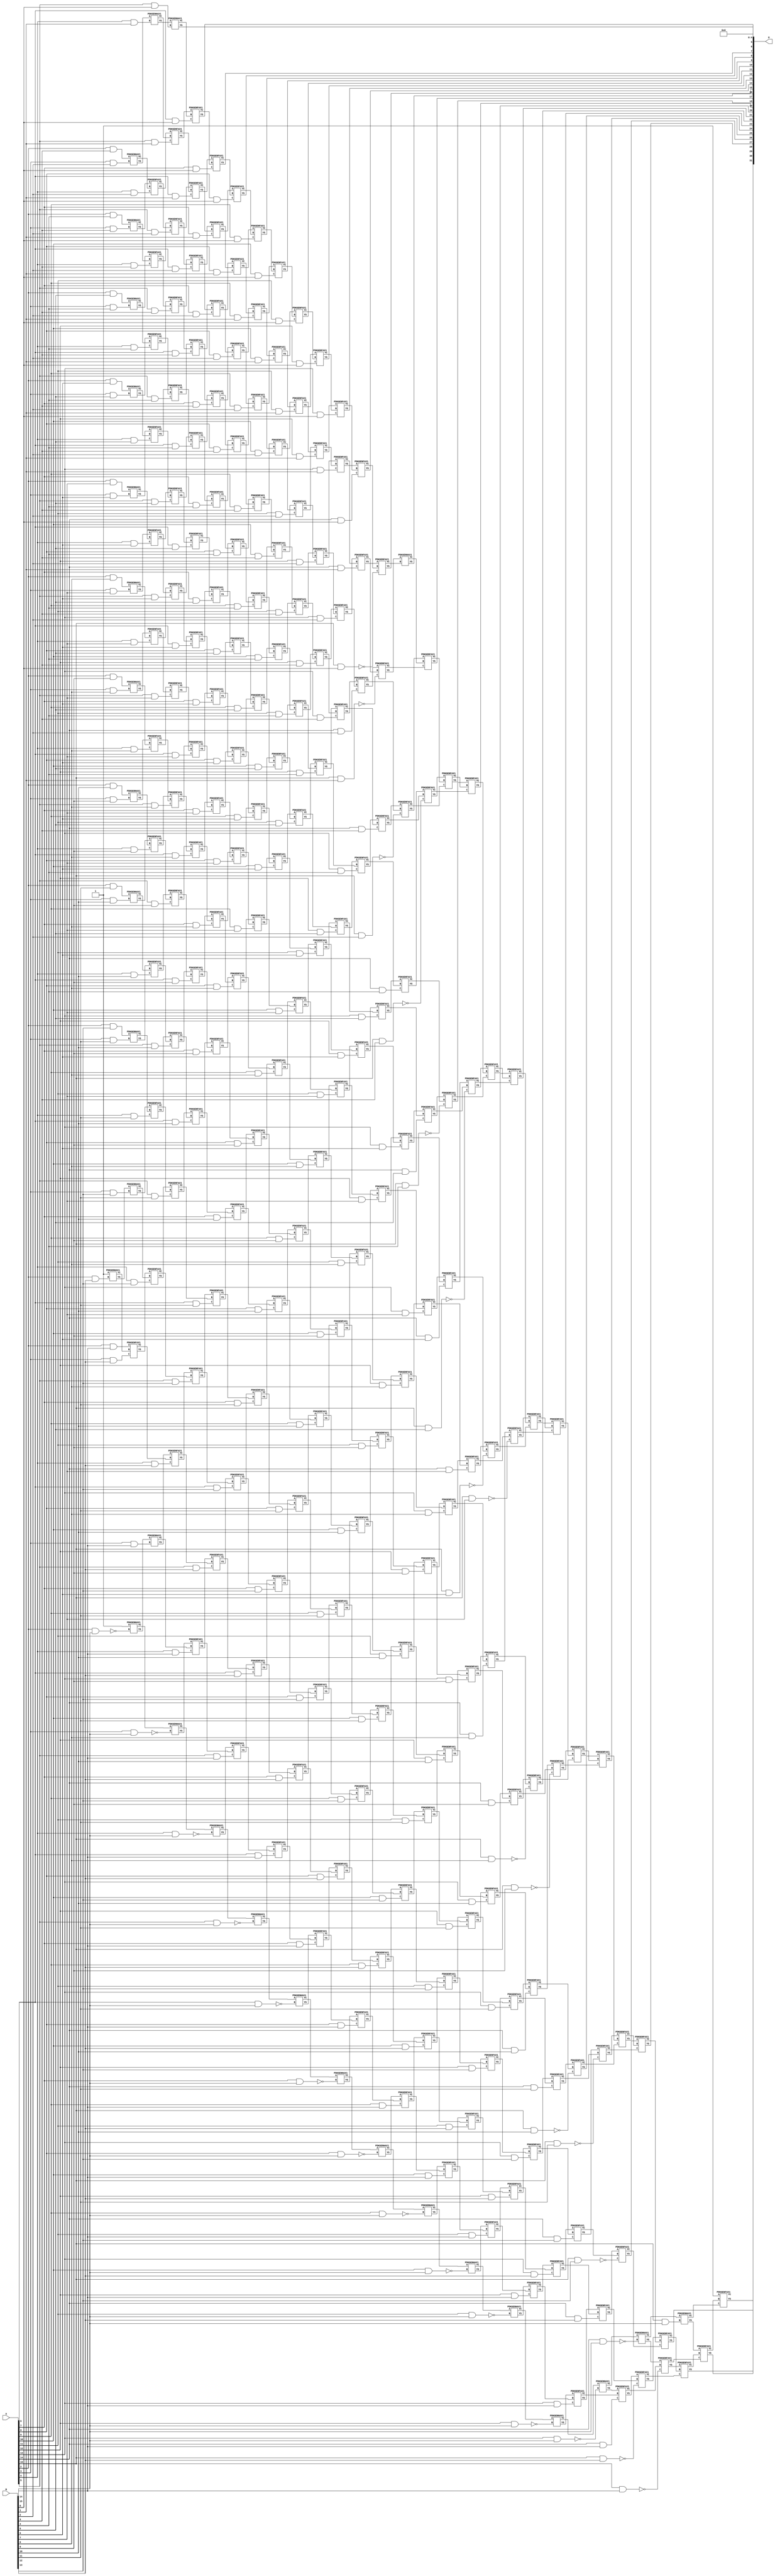
/***
* This code is a part of EvoApproxLib library (ehw.fit.vutbr.cz/approxlib) distributed under The MIT License.
* When used, please cite the following article(s): V. Mrazek, Z. Vasicek, L. Sekanina, H. Jiang and J. Han, "Scalable Construction of Approximate Multipliers With Formally Guaranteed Worst Case Error" in IEEE Transactions on Very Large Scale Integration (VLSI) Systems, vol. 26, no. 11, pp. 2572-2576, Nov. 2018. doi: 10.1109/TVLSI.2018.2856362 
* This file contains a circuit from a sub-set of pareto optimal circuits with respect to the pwr and mre parameters
***/
// MAE% = 0.00057 %
// MAE = 24580 
// WCE% = 0.0023 %
// WCE = 98369 
// WCRE% = 6500.00 %
// EP% = 92.19 %
// MRE% = 0.052 %
// MSE = 12526.994e5 
// PDK45_PWR = 2.124 mW
// PDK45_AREA = 2640.3 um2
// PDK45_DELAY = 2.95 ns


module mul16s_GK2 ( A, B, O );
  input [15:0] A;
  input [15:0] B;
  output [31:0] O;

  wire C_10_0,C_10_1,C_10_10,C_10_11,C_10_12,C_10_13,C_10_14,C_10_15,C_10_2,C_10_3,C_10_4,C_10_5,C_10_6,C_10_7,C_10_8,C_10_9,C_11_0,C_11_1,C_11_10,C_11_11,C_11_12,C_11_13,C_11_14,C_11_15,C_11_2,C_11_3,C_11_4,C_11_5,C_11_6,C_11_7,C_11_8,C_11_9,C_12_0,C_12_1,C_12_10,C_12_11,C_12_12,C_12_13,C_12_14,C_12_15,C_12_2,C_12_3,C_12_4,C_12_5,C_12_6,C_12_7,C_12_8,C_12_9,C_13_0,C_13_1,C_13_10,C_13_11,C_13_12,C_13_13,C_13_14,C_13_15,C_13_2,C_13_3,C_13_4,C_13_5,C_13_6,C_13_7,C_13_8,C_13_9,C_14_0,C_14_1,C_14_10,C_14_11,C_14_12,C_14_13,C_14_14,C_14_15,C_14_2,C_14_3,C_14_4,C_14_5,C_14_6,C_14_7,C_14_8,C_14_9,C_15_0,C_15_1,C_15_10,C_15_11,C_15_12,C_15_13,C_15_14,C_15_15,C_15_2,C_15_3,C_15_4,C_15_5,C_15_6,C_15_7,C_15_8,C_15_9,C_16_0,C_16_1,C_16_10,C_16_11,C_16_12,C_16_13,C_16_14,C_16_15,C_16_2,C_16_3,C_16_4,C_16_5,C_16_6,C_16_7,C_16_8,C_16_9,C_2_13,C_2_15,C_3_10,C_3_11,C_3_12,C_3_13,C_3_14,C_3_15,C_3_2,C_3_3,C_3_4,C_3_5,C_3_6,C_3_7,C_3_8,C_3_9,C_4_1,C_4_10,C_4_11,C_4_12,C_4_13,C_4_14,C_4_15,C_4_2,C_4_3,C_4_4,C_4_5,C_4_6,C_4_7,C_4_8,C_4_9,C_5_0,C_5_1,C_5_10,C_5_11,C_5_12,C_5_13,C_5_14,C_5_15,C_5_2,C_5_3,C_5_4,C_5_5,C_5_6,C_5_7,C_5_8,C_5_9,C_6_0,C_6_1,C_6_10,C_6_11,C_6_12,C_6_13,C_6_14,C_6_15,C_6_2,C_6_3,C_6_4,C_6_5,C_6_6,C_6_7,C_6_8,C_6_9,C_7_0,C_7_1,C_7_10,C_7_11,C_7_12,C_7_13,C_7_14,C_7_15,C_7_2,C_7_3,C_7_4,C_7_5,C_7_6,C_7_7,C_7_8,C_7_9,C_8_0,C_8_1,C_8_10,C_8_11,C_8_12,C_8_13,C_8_14,C_8_15,C_8_2,C_8_3,C_8_4,C_8_5,C_8_6,C_8_7,C_8_8,C_8_9,C_9_0,C_9_1,C_9_10,C_9_11,C_9_12,C_9_13,C_9_14,C_9_15,C_9_2,C_9_3,C_9_4,C_9_5,C_9_6,C_9_7,C_9_8,C_9_9,S_0_15,S_10_0,S_10_1,S_10_10,S_10_11,S_10_12,S_10_13,S_10_14,S_10_15,S_10_2,S_10_3,S_10_4,S_10_5,S_10_6,S_10_7,S_10_8,S_10_9,S_11_0,S_11_1,S_11_10,S_11_11,S_11_12,S_11_13,S_11_14,S_11_15,S_11_2,S_11_3,S_11_4,S_11_5,S_11_6,S_11_7,S_11_8,S_11_9,S_12_0,S_12_1,S_12_10,S_12_11,S_12_12,S_12_13,S_12_14,S_12_15,S_12_2,S_12_3,S_12_4,S_12_5,S_12_6,S_12_7,S_12_8,S_12_9,S_13_0,S_13_1,S_13_10,S_13_11,S_13_12,S_13_13,S_13_14,S_13_15,S_13_2,S_13_3,S_13_4,S_13_5,S_13_6,S_13_7,S_13_8,S_13_9,S_14_0,S_14_1,S_14_10,S_14_11,S_14_12,S_14_13,S_14_14,S_14_15,S_14_2,S_14_3,S_14_4,S_14_5,S_14_6,S_14_7,S_14_8,S_14_9,S_15_0,S_15_1,S_15_10,S_15_11,S_15_12,S_15_13,S_15_14,S_15_15,S_15_2,S_15_3,S_15_4,S_15_5,S_15_6,S_15_7,S_15_8,S_15_9,S_16_0,S_16_1,S_16_10,S_16_11,S_16_12,S_16_13,S_16_14,S_16_15,S_16_2,S_16_3,S_16_4,S_16_5,S_16_6,S_16_7,S_16_8,S_16_9,S_1_14,S_2_10,S_2_11,S_2_12,S_2_13,S_2_14,S_2_15,S_2_3,S_2_4,S_2_5,S_2_6,S_2_7,S_2_8,S_2_9,S_3_10,S_3_11,S_3_12,S_3_13,S_3_14,S_3_15,S_3_2,S_3_3,S_3_4,S_3_5,S_3_6,S_3_7,S_3_8,S_3_9,S_4_1,S_4_10,S_4_11,S_4_12,S_4_13,S_4_14,S_4_15,S_4_2,S_4_3,S_4_4,S_4_5,S_4_6,S_4_7,S_4_8,S_4_9,S_5_0,S_5_1,S_5_10,S_5_11,S_5_12,S_5_13,S_5_14,S_5_15,S_5_2,S_5_3,S_5_4,S_5_5,S_5_6,S_5_7,S_5_8,S_5_9,S_6_0,S_6_1,S_6_10,S_6_11,S_6_12,S_6_13,S_6_14,S_6_15,S_6_2,S_6_3,S_6_4,S_6_5,S_6_6,S_6_7,S_6_8,S_6_9,S_7_0,S_7_1,S_7_10,S_7_11,S_7_12,S_7_13,S_7_14,S_7_15,S_7_2,S_7_3,S_7_4,S_7_5,S_7_6,S_7_7,S_7_8,S_7_9,S_8_0,S_8_1,S_8_10,S_8_11,S_8_12,S_8_13,S_8_14,S_8_15,S_8_2,S_8_3,S_8_4,S_8_5,S_8_6,S_8_7,S_8_8,S_8_9,S_9_0,S_9_1,S_9_10,S_9_11,S_9_12,S_9_13,S_9_14,S_9_15,S_9_2,S_9_3,S_9_4,S_9_5,S_9_6,S_9_7,S_9_8,S_9_9;

  assign S_0_15 = 1'b1;
  assign S_1_14 = 1'b1;
  assign S_2_3 = (A[2] & B[3]);
  assign S_2_4 = (A[2] & B[4]);
  assign S_2_5 = (A[2] & B[5]);
  assign S_2_6 = (A[2] & B[6]);
  assign S_2_7 = (A[2] & B[7]);
  assign S_2_8 = (A[2] & B[8]);
  assign S_2_9 = (A[2] & B[9]);
  assign S_2_10 = (A[2] & B[10]);
  assign S_2_11 = (A[2] & B[11]);
  assign S_2_12 = (A[2] & B[12]);
  PDKGENHAX1 U113630 (.A(S_1_14), .B((A[2] & B[13])), .YS(S_2_13), .YC(C_2_13));
  assign S_2_14 = (A[2] & B[14]);
  PDKGENHAX1 U113632 (.A(1'b1), .B(~(A[2] & B[15])), .YS(S_2_15), .YC(C_2_15));
  PDKGENHAX1 U113635 (.A(S_2_3), .B((A[3] & B[2])), .YS(S_3_2), .YC(C_3_2));
  PDKGENHAX1 U113636 (.A(S_2_4), .B((A[3] & B[3])), .YS(S_3_3), .YC(C_3_3));
  PDKGENHAX1 U113637 (.A(S_2_5), .B((A[3] & B[4])), .YS(S_3_4), .YC(C_3_4));
  PDKGENHAX1 U113638 (.A(S_2_6), .B((A[3] & B[5])), .YS(S_3_5), .YC(C_3_5));
  PDKGENHAX1 U113639 (.A(S_2_7), .B((A[3] & B[6])), .YS(S_3_6), .YC(C_3_6));
  PDKGENHAX1 U113640 (.A(S_2_8), .B((A[3] & B[7])), .YS(S_3_7), .YC(C_3_7));
  PDKGENHAX1 U113641 (.A(S_2_9), .B((A[3] & B[8])), .YS(S_3_8), .YC(C_3_8));
  PDKGENHAX1 U113642 (.A(S_2_10), .B((A[3] & B[9])), .YS(S_3_9), .YC(C_3_9));
  PDKGENHAX1 U113643 (.A(S_2_11), .B((A[3] & B[10])), .YS(S_3_10), .YC(C_3_10));
  PDKGENHAX1 U113644 (.A(S_2_12), .B((A[3] & B[11])), .YS(S_3_11), .YC(C_3_11));
  PDKGENHAX1 U113645 (.A(S_2_13), .B((A[3] & B[12])), .YS(S_3_12), .YC(C_3_12));
  PDKGENFAX1 U113646 (.A(S_2_14), .B(C_2_13), .C((A[3] & B[13])), .YS(S_3_13), .YC(C_3_13));
  PDKGENHAX1 U113647 (.A(S_2_15), .B((A[3] & B[14])), .YS(S_3_14), .YC(C_3_14));
  PDKGENHAX1 U113648 (.A(C_2_15), .B(~(A[3] & B[15])), .YS(S_3_15), .YC(C_3_15));
  PDKGENHAX1 U113650 (.A(S_3_2), .B((A[4] & B[1])), .YS(S_4_1), .YC(C_4_1));
  PDKGENFAX1 U113651 (.A(S_3_3), .B(C_3_2), .C((A[4] & B[2])), .YS(S_4_2), .YC(C_4_2));
  PDKGENFAX1 U113652 (.A(S_3_4), .B(C_3_3), .C((A[4] & B[3])), .YS(S_4_3), .YC(C_4_3));
  PDKGENFAX1 U113653 (.A(S_3_5), .B(C_3_4), .C((A[4] & B[4])), .YS(S_4_4), .YC(C_4_4));
  PDKGENFAX1 U113654 (.A(S_3_6), .B(C_3_5), .C((A[4] & B[5])), .YS(S_4_5), .YC(C_4_5));
  PDKGENFAX1 U113655 (.A(S_3_7), .B(C_3_6), .C((A[4] & B[6])), .YS(S_4_6), .YC(C_4_6));
  PDKGENFAX1 U113656 (.A(S_3_8), .B(C_3_7), .C((A[4] & B[7])), .YS(S_4_7), .YC(C_4_7));
  PDKGENFAX1 U113657 (.A(S_3_9), .B(C_3_8), .C((A[4] & B[8])), .YS(S_4_8), .YC(C_4_8));
  PDKGENFAX1 U113658 (.A(S_3_10), .B(C_3_9), .C((A[4] & B[9])), .YS(S_4_9), .YC(C_4_9));
  PDKGENFAX1 U113659 (.A(S_3_11), .B(C_3_10), .C((A[4] & B[10])), .YS(S_4_10), .YC(C_4_10));
  PDKGENFAX1 U113660 (.A(S_3_12), .B(C_3_11), .C((A[4] & B[11])), .YS(S_4_11), .YC(C_4_11));
  PDKGENFAX1 U113661 (.A(S_3_13), .B(C_3_12), .C((A[4] & B[12])), .YS(S_4_12), .YC(C_4_12));
  PDKGENFAX1 U113662 (.A(S_3_14), .B(C_3_13), .C((A[4] & B[13])), .YS(S_4_13), .YC(C_4_13));
  PDKGENFAX1 U113663 (.A(S_3_15), .B(C_3_14), .C((A[4] & B[14])), .YS(S_4_14), .YC(C_4_14));
  PDKGENHAX1 U113664 (.A(C_3_15), .B(~(A[4] & B[15])), .YS(S_4_15), .YC(C_4_15));
  PDKGENHAX1 U113665 (.A(S_4_1), .B((A[5] & B[0])), .YS(S_5_0), .YC(C_5_0));
  PDKGENFAX1 U113666 (.A(S_4_2), .B(C_4_1), .C((A[5] & B[1])), .YS(S_5_1), .YC(C_5_1));
  PDKGENFAX1 U113667 (.A(S_4_3), .B(C_4_2), .C((A[5] & B[2])), .YS(S_5_2), .YC(C_5_2));
  PDKGENFAX1 U113668 (.A(S_4_4), .B(C_4_3), .C((A[5] & B[3])), .YS(S_5_3), .YC(C_5_3));
  PDKGENFAX1 U113669 (.A(S_4_5), .B(C_4_4), .C((A[5] & B[4])), .YS(S_5_4), .YC(C_5_4));
  PDKGENFAX1 U113670 (.A(S_4_6), .B(C_4_5), .C((A[5] & B[5])), .YS(S_5_5), .YC(C_5_5));
  PDKGENFAX1 U113671 (.A(S_4_7), .B(C_4_6), .C((A[5] & B[6])), .YS(S_5_6), .YC(C_5_6));
  PDKGENFAX1 U113672 (.A(S_4_8), .B(C_4_7), .C((A[5] & B[7])), .YS(S_5_7), .YC(C_5_7));
  PDKGENFAX1 U113673 (.A(S_4_9), .B(C_4_8), .C((A[5] & B[8])), .YS(S_5_8), .YC(C_5_8));
  PDKGENFAX1 U113674 (.A(S_4_10), .B(C_4_9), .C((A[5] & B[9])), .YS(S_5_9), .YC(C_5_9));
  PDKGENFAX1 U113675 (.A(S_4_11), .B(C_4_10), .C((A[5] & B[10])), .YS(S_5_10), .YC(C_5_10));
  PDKGENFAX1 U113676 (.A(S_4_12), .B(C_4_11), .C((A[5] & B[11])), .YS(S_5_11), .YC(C_5_11));
  PDKGENFAX1 U113677 (.A(S_4_13), .B(C_4_12), .C((A[5] & B[12])), .YS(S_5_12), .YC(C_5_12));
  PDKGENFAX1 U113678 (.A(S_4_14), .B(C_4_13), .C((A[5] & B[13])), .YS(S_5_13), .YC(C_5_13));
  PDKGENFAX1 U113679 (.A(S_4_15), .B(C_4_14), .C((A[5] & B[14])), .YS(S_5_14), .YC(C_5_14));
  PDKGENHAX1 U113680 (.A(C_4_15), .B(~(A[5] & B[15])), .YS(S_5_15), .YC(C_5_15));
  PDKGENFAX1 U113681 (.A(S_5_1), .B(C_5_0), .C((A[6] & B[0])), .YS(S_6_0), .YC(C_6_0));
  PDKGENFAX1 U113682 (.A(S_5_2), .B(C_5_1), .C((A[6] & B[1])), .YS(S_6_1), .YC(C_6_1));
  PDKGENFAX1 U113683 (.A(S_5_3), .B(C_5_2), .C((A[6] & B[2])), .YS(S_6_2), .YC(C_6_2));
  PDKGENFAX1 U113684 (.A(S_5_4), .B(C_5_3), .C((A[6] & B[3])), .YS(S_6_3), .YC(C_6_3));
  PDKGENFAX1 U113685 (.A(S_5_5), .B(C_5_4), .C((A[6] & B[4])), .YS(S_6_4), .YC(C_6_4));
  PDKGENFAX1 U113686 (.A(S_5_6), .B(C_5_5), .C((A[6] & B[5])), .YS(S_6_5), .YC(C_6_5));
  PDKGENFAX1 U113687 (.A(S_5_7), .B(C_5_6), .C((A[6] & B[6])), .YS(S_6_6), .YC(C_6_6));
  PDKGENFAX1 U113688 (.A(S_5_8), .B(C_5_7), .C((A[6] & B[7])), .YS(S_6_7), .YC(C_6_7));
  PDKGENFAX1 U113689 (.A(S_5_9), .B(C_5_8), .C((A[6] & B[8])), .YS(S_6_8), .YC(C_6_8));
  PDKGENFAX1 U113690 (.A(S_5_10), .B(C_5_9), .C((A[6] & B[9])), .YS(S_6_9), .YC(C_6_9));
  PDKGENFAX1 U113691 (.A(S_5_11), .B(C_5_10), .C((A[6] & B[10])), .YS(S_6_10), .YC(C_6_10));
  PDKGENFAX1 U113692 (.A(S_5_12), .B(C_5_11), .C((A[6] & B[11])), .YS(S_6_11), .YC(C_6_11));
  PDKGENFAX1 U113693 (.A(S_5_13), .B(C_5_12), .C((A[6] & B[12])), .YS(S_6_12), .YC(C_6_12));
  PDKGENFAX1 U113694 (.A(S_5_14), .B(C_5_13), .C((A[6] & B[13])), .YS(S_6_13), .YC(C_6_13));
  PDKGENFAX1 U113695 (.A(S_5_15), .B(C_5_14), .C((A[6] & B[14])), .YS(S_6_14), .YC(C_6_14));
  PDKGENHAX1 U113696 (.A(C_5_15), .B(~(A[6] & B[15])), .YS(S_6_15), .YC(C_6_15));
  PDKGENFAX1 U113697 (.A(S_6_1), .B(C_6_0), .C((A[7] & B[0])), .YS(S_7_0), .YC(C_7_0));
  PDKGENFAX1 U113698 (.A(S_6_2), .B(C_6_1), .C((A[7] & B[1])), .YS(S_7_1), .YC(C_7_1));
  PDKGENFAX1 U113699 (.A(S_6_3), .B(C_6_2), .C((A[7] & B[2])), .YS(S_7_2), .YC(C_7_2));
  PDKGENFAX1 U113700 (.A(S_6_4), .B(C_6_3), .C((A[7] & B[3])), .YS(S_7_3), .YC(C_7_3));
  PDKGENFAX1 U113701 (.A(S_6_5), .B(C_6_4), .C((A[7] & B[4])), .YS(S_7_4), .YC(C_7_4));
  PDKGENFAX1 U113702 (.A(S_6_6), .B(C_6_5), .C((A[7] & B[5])), .YS(S_7_5), .YC(C_7_5));
  PDKGENFAX1 U113703 (.A(S_6_7), .B(C_6_6), .C((A[7] & B[6])), .YS(S_7_6), .YC(C_7_6));
  PDKGENFAX1 U113704 (.A(S_6_8), .B(C_6_7), .C((A[7] & B[7])), .YS(S_7_7), .YC(C_7_7));
  PDKGENFAX1 U113705 (.A(S_6_9), .B(C_6_8), .C((A[7] & B[8])), .YS(S_7_8), .YC(C_7_8));
  PDKGENFAX1 U113706 (.A(S_6_10), .B(C_6_9), .C((A[7] & B[9])), .YS(S_7_9), .YC(C_7_9));
  PDKGENFAX1 U113707 (.A(S_6_11), .B(C_6_10), .C((A[7] & B[10])), .YS(S_7_10), .YC(C_7_10));
  PDKGENFAX1 U113708 (.A(S_6_12), .B(C_6_11), .C((A[7] & B[11])), .YS(S_7_11), .YC(C_7_11));
  PDKGENFAX1 U113709 (.A(S_6_13), .B(C_6_12), .C((A[7] & B[12])), .YS(S_7_12), .YC(C_7_12));
  PDKGENFAX1 U113710 (.A(S_6_14), .B(C_6_13), .C((A[7] & B[13])), .YS(S_7_13), .YC(C_7_13));
  PDKGENFAX1 U113711 (.A(S_6_15), .B(C_6_14), .C((A[7] & B[14])), .YS(S_7_14), .YC(C_7_14));
  PDKGENHAX1 U113712 (.A(C_6_15), .B(~(A[7] & B[15])), .YS(S_7_15), .YC(C_7_15));
  PDKGENFAX1 U113713 (.A(S_7_1), .B(C_7_0), .C((A[8] & B[0])), .YS(S_8_0), .YC(C_8_0));
  PDKGENFAX1 U113714 (.A(S_7_2), .B(C_7_1), .C((A[8] & B[1])), .YS(S_8_1), .YC(C_8_1));
  PDKGENFAX1 U113715 (.A(S_7_3), .B(C_7_2), .C((A[8] & B[2])), .YS(S_8_2), .YC(C_8_2));
  PDKGENFAX1 U113716 (.A(S_7_4), .B(C_7_3), .C((A[8] & B[3])), .YS(S_8_3), .YC(C_8_3));
  PDKGENFAX1 U113717 (.A(S_7_5), .B(C_7_4), .C((A[8] & B[4])), .YS(S_8_4), .YC(C_8_4));
  PDKGENFAX1 U113718 (.A(S_7_6), .B(C_7_5), .C((A[8] & B[5])), .YS(S_8_5), .YC(C_8_5));
  PDKGENFAX1 U113719 (.A(S_7_7), .B(C_7_6), .C((A[8] & B[6])), .YS(S_8_6), .YC(C_8_6));
  PDKGENFAX1 U113720 (.A(S_7_8), .B(C_7_7), .C((A[8] & B[7])), .YS(S_8_7), .YC(C_8_7));
  PDKGENFAX1 U113721 (.A(S_7_9), .B(C_7_8), .C((A[8] & B[8])), .YS(S_8_8), .YC(C_8_8));
  PDKGENFAX1 U113722 (.A(S_7_10), .B(C_7_9), .C((A[8] & B[9])), .YS(S_8_9), .YC(C_8_9));
  PDKGENFAX1 U113723 (.A(S_7_11), .B(C_7_10), .C((A[8] & B[10])), .YS(S_8_10), .YC(C_8_10));
  PDKGENFAX1 U113724 (.A(S_7_12), .B(C_7_11), .C((A[8] & B[11])), .YS(S_8_11), .YC(C_8_11));
  PDKGENFAX1 U113725 (.A(S_7_13), .B(C_7_12), .C((A[8] & B[12])), .YS(S_8_12), .YC(C_8_12));
  PDKGENFAX1 U113726 (.A(S_7_14), .B(C_7_13), .C((A[8] & B[13])), .YS(S_8_13), .YC(C_8_13));
  PDKGENFAX1 U113727 (.A(S_7_15), .B(C_7_14), .C((A[8] & B[14])), .YS(S_8_14), .YC(C_8_14));
  PDKGENHAX1 U113728 (.A(C_7_15), .B(~(A[8] & B[15])), .YS(S_8_15), .YC(C_8_15));
  PDKGENFAX1 U113729 (.A(S_8_1), .B(C_8_0), .C((A[9] & B[0])), .YS(S_9_0), .YC(C_9_0));
  PDKGENFAX1 U113730 (.A(S_8_2), .B(C_8_1), .C((A[9] & B[1])), .YS(S_9_1), .YC(C_9_1));
  PDKGENFAX1 U113731 (.A(S_8_3), .B(C_8_2), .C((A[9] & B[2])), .YS(S_9_2), .YC(C_9_2));
  PDKGENFAX1 U113732 (.A(S_8_4), .B(C_8_3), .C((A[9] & B[3])), .YS(S_9_3), .YC(C_9_3));
  PDKGENFAX1 U113733 (.A(S_8_5), .B(C_8_4), .C((A[9] & B[4])), .YS(S_9_4), .YC(C_9_4));
  PDKGENFAX1 U113734 (.A(S_8_6), .B(C_8_5), .C((A[9] & B[5])), .YS(S_9_5), .YC(C_9_5));
  PDKGENFAX1 U113735 (.A(S_8_7), .B(C_8_6), .C((A[9] & B[6])), .YS(S_9_6), .YC(C_9_6));
  PDKGENFAX1 U113736 (.A(S_8_8), .B(C_8_7), .C((A[9] & B[7])), .YS(S_9_7), .YC(C_9_7));
  PDKGENFAX1 U113737 (.A(S_8_9), .B(C_8_8), .C((A[9] & B[8])), .YS(S_9_8), .YC(C_9_8));
  PDKGENFAX1 U113738 (.A(S_8_10), .B(C_8_9), .C((A[9] & B[9])), .YS(S_9_9), .YC(C_9_9));
  PDKGENFAX1 U113739 (.A(S_8_11), .B(C_8_10), .C((A[9] & B[10])), .YS(S_9_10), .YC(C_9_10));
  PDKGENFAX1 U113740 (.A(S_8_12), .B(C_8_11), .C((A[9] & B[11])), .YS(S_9_11), .YC(C_9_11));
  PDKGENFAX1 U113741 (.A(S_8_13), .B(C_8_12), .C((A[9] & B[12])), .YS(S_9_12), .YC(C_9_12));
  PDKGENFAX1 U113742 (.A(S_8_14), .B(C_8_13), .C((A[9] & B[13])), .YS(S_9_13), .YC(C_9_13));
  PDKGENFAX1 U113743 (.A(S_8_15), .B(C_8_14), .C((A[9] & B[14])), .YS(S_9_14), .YC(C_9_14));
  PDKGENHAX1 U113744 (.A(C_8_15), .B(~(A[9] & B[15])), .YS(S_9_15), .YC(C_9_15));
  PDKGENFAX1 U113745 (.A(S_9_1), .B(C_9_0), .C((A[10] & B[0])), .YS(S_10_0), .YC(C_10_0));
  PDKGENFAX1 U113746 (.A(S_9_2), .B(C_9_1), .C((A[10] & B[1])), .YS(S_10_1), .YC(C_10_1));
  PDKGENFAX1 U113747 (.A(S_9_3), .B(C_9_2), .C((A[10] & B[2])), .YS(S_10_2), .YC(C_10_2));
  PDKGENFAX1 U113748 (.A(S_9_4), .B(C_9_3), .C((A[10] & B[3])), .YS(S_10_3), .YC(C_10_3));
  PDKGENFAX1 U113749 (.A(S_9_5), .B(C_9_4), .C((A[10] & B[4])), .YS(S_10_4), .YC(C_10_4));
  PDKGENFAX1 U113750 (.A(S_9_6), .B(C_9_5), .C((A[10] & B[5])), .YS(S_10_5), .YC(C_10_5));
  PDKGENFAX1 U113751 (.A(S_9_7), .B(C_9_6), .C((A[10] & B[6])), .YS(S_10_6), .YC(C_10_6));
  PDKGENFAX1 U113752 (.A(S_9_8), .B(C_9_7), .C((A[10] & B[7])), .YS(S_10_7), .YC(C_10_7));
  PDKGENFAX1 U113753 (.A(S_9_9), .B(C_9_8), .C((A[10] & B[8])), .YS(S_10_8), .YC(C_10_8));
  PDKGENFAX1 U113754 (.A(S_9_10), .B(C_9_9), .C((A[10] & B[9])), .YS(S_10_9), .YC(C_10_9));
  PDKGENFAX1 U113755 (.A(S_9_11), .B(C_9_10), .C((A[10] & B[10])), .YS(S_10_10), .YC(C_10_10));
  PDKGENFAX1 U113756 (.A(S_9_12), .B(C_9_11), .C((A[10] & B[11])), .YS(S_10_11), .YC(C_10_11));
  PDKGENFAX1 U113757 (.A(S_9_13), .B(C_9_12), .C((A[10] & B[12])), .YS(S_10_12), .YC(C_10_12));
  PDKGENFAX1 U113758 (.A(S_9_14), .B(C_9_13), .C((A[10] & B[13])), .YS(S_10_13), .YC(C_10_13));
  PDKGENFAX1 U113759 (.A(S_9_15), .B(C_9_14), .C((A[10] & B[14])), .YS(S_10_14), .YC(C_10_14));
  PDKGENHAX1 U113760 (.A(C_9_15), .B(~(A[10] & B[15])), .YS(S_10_15), .YC(C_10_15));
  PDKGENFAX1 U113761 (.A(S_10_1), .B(C_10_0), .C((A[11] & B[0])), .YS(S_11_0), .YC(C_11_0));
  PDKGENFAX1 U113762 (.A(S_10_2), .B(C_10_1), .C((A[11] & B[1])), .YS(S_11_1), .YC(C_11_1));
  PDKGENFAX1 U113763 (.A(S_10_3), .B(C_10_2), .C((A[11] & B[2])), .YS(S_11_2), .YC(C_11_2));
  PDKGENFAX1 U113764 (.A(S_10_4), .B(C_10_3), .C((A[11] & B[3])), .YS(S_11_3), .YC(C_11_3));
  PDKGENFAX1 U113765 (.A(S_10_5), .B(C_10_4), .C((A[11] & B[4])), .YS(S_11_4), .YC(C_11_4));
  PDKGENFAX1 U113766 (.A(S_10_6), .B(C_10_5), .C((A[11] & B[5])), .YS(S_11_5), .YC(C_11_5));
  PDKGENFAX1 U113767 (.A(S_10_7), .B(C_10_6), .C((A[11] & B[6])), .YS(S_11_6), .YC(C_11_6));
  PDKGENFAX1 U113768 (.A(S_10_8), .B(C_10_7), .C((A[11] & B[7])), .YS(S_11_7), .YC(C_11_7));
  PDKGENFAX1 U113769 (.A(S_10_9), .B(C_10_8), .C((A[11] & B[8])), .YS(S_11_8), .YC(C_11_8));
  PDKGENFAX1 U113770 (.A(S_10_10), .B(C_10_9), .C((A[11] & B[9])), .YS(S_11_9), .YC(C_11_9));
  PDKGENFAX1 U113771 (.A(S_10_11), .B(C_10_10), .C((A[11] & B[10])), .YS(S_11_10), .YC(C_11_10));
  PDKGENFAX1 U113772 (.A(S_10_12), .B(C_10_11), .C((A[11] & B[11])), .YS(S_11_11), .YC(C_11_11));
  PDKGENFAX1 U113773 (.A(S_10_13), .B(C_10_12), .C((A[11] & B[12])), .YS(S_11_12), .YC(C_11_12));
  PDKGENFAX1 U113774 (.A(S_10_14), .B(C_10_13), .C((A[11] & B[13])), .YS(S_11_13), .YC(C_11_13));
  PDKGENFAX1 U113775 (.A(S_10_15), .B(C_10_14), .C((A[11] & B[14])), .YS(S_11_14), .YC(C_11_14));
  PDKGENHAX1 U113776 (.A(C_10_15), .B(~(A[11] & B[15])), .YS(S_11_15), .YC(C_11_15));
  PDKGENFAX1 U113777 (.A(S_11_1), .B(C_11_0), .C((A[12] & B[0])), .YS(S_12_0), .YC(C_12_0));
  PDKGENFAX1 U113778 (.A(S_11_2), .B(C_11_1), .C((A[12] & B[1])), .YS(S_12_1), .YC(C_12_1));
  PDKGENFAX1 U113779 (.A(S_11_3), .B(C_11_2), .C((A[12] & B[2])), .YS(S_12_2), .YC(C_12_2));
  PDKGENFAX1 U113780 (.A(S_11_4), .B(C_11_3), .C((A[12] & B[3])), .YS(S_12_3), .YC(C_12_3));
  PDKGENFAX1 U113781 (.A(S_11_5), .B(C_11_4), .C((A[12] & B[4])), .YS(S_12_4), .YC(C_12_4));
  PDKGENFAX1 U113782 (.A(S_11_6), .B(C_11_5), .C((A[12] & B[5])), .YS(S_12_5), .YC(C_12_5));
  PDKGENFAX1 U113783 (.A(S_11_7), .B(C_11_6), .C((A[12] & B[6])), .YS(S_12_6), .YC(C_12_6));
  PDKGENFAX1 U113784 (.A(S_11_8), .B(C_11_7), .C((A[12] & B[7])), .YS(S_12_7), .YC(C_12_7));
  PDKGENFAX1 U113785 (.A(S_11_9), .B(C_11_8), .C((A[12] & B[8])), .YS(S_12_8), .YC(C_12_8));
  PDKGENFAX1 U113786 (.A(S_11_10), .B(C_11_9), .C((A[12] & B[9])), .YS(S_12_9), .YC(C_12_9));
  PDKGENFAX1 U113787 (.A(S_11_11), .B(C_11_10), .C((A[12] & B[10])), .YS(S_12_10), .YC(C_12_10));
  PDKGENFAX1 U113788 (.A(S_11_12), .B(C_11_11), .C((A[12] & B[11])), .YS(S_12_11), .YC(C_12_11));
  PDKGENFAX1 U113789 (.A(S_11_13), .B(C_11_12), .C((A[12] & B[12])), .YS(S_12_12), .YC(C_12_12));
  PDKGENFAX1 U113790 (.A(S_11_14), .B(C_11_13), .C((A[12] & B[13])), .YS(S_12_13), .YC(C_12_13));
  PDKGENFAX1 U113791 (.A(S_11_15), .B(C_11_14), .C((A[12] & B[14])), .YS(S_12_14), .YC(C_12_14));
  PDKGENHAX1 U113792 (.A(C_11_15), .B(~(A[12] & B[15])), .YS(S_12_15), .YC(C_12_15));
  PDKGENFAX1 U113793 (.A(S_12_1), .B(C_12_0), .C((A[13] & B[0])), .YS(S_13_0), .YC(C_13_0));
  PDKGENFAX1 U113794 (.A(S_12_2), .B(C_12_1), .C((A[13] & B[1])), .YS(S_13_1), .YC(C_13_1));
  PDKGENFAX1 U113795 (.A(S_12_3), .B(C_12_2), .C((A[13] & B[2])), .YS(S_13_2), .YC(C_13_2));
  PDKGENFAX1 U113796 (.A(S_12_4), .B(C_12_3), .C((A[13] & B[3])), .YS(S_13_3), .YC(C_13_3));
  PDKGENFAX1 U113797 (.A(S_12_5), .B(C_12_4), .C((A[13] & B[4])), .YS(S_13_4), .YC(C_13_4));
  PDKGENFAX1 U113798 (.A(S_12_6), .B(C_12_5), .C((A[13] & B[5])), .YS(S_13_5), .YC(C_13_5));
  PDKGENFAX1 U113799 (.A(S_12_7), .B(C_12_6), .C((A[13] & B[6])), .YS(S_13_6), .YC(C_13_6));
  PDKGENFAX1 U113800 (.A(S_12_8), .B(C_12_7), .C((A[13] & B[7])), .YS(S_13_7), .YC(C_13_7));
  PDKGENFAX1 U113801 (.A(S_12_9), .B(C_12_8), .C((A[13] & B[8])), .YS(S_13_8), .YC(C_13_8));
  PDKGENFAX1 U113802 (.A(S_12_10), .B(C_12_9), .C((A[13] & B[9])), .YS(S_13_9), .YC(C_13_9));
  PDKGENFAX1 U113803 (.A(S_12_11), .B(C_12_10), .C((A[13] & B[10])), .YS(S_13_10), .YC(C_13_10));
  PDKGENFAX1 U113804 (.A(S_12_12), .B(C_12_11), .C((A[13] & B[11])), .YS(S_13_11), .YC(C_13_11));
  PDKGENFAX1 U113805 (.A(S_12_13), .B(C_12_12), .C((A[13] & B[12])), .YS(S_13_12), .YC(C_13_12));
  PDKGENFAX1 U113806 (.A(S_12_14), .B(C_12_13), .C((A[13] & B[13])), .YS(S_13_13), .YC(C_13_13));
  PDKGENFAX1 U113807 (.A(S_12_15), .B(C_12_14), .C((A[13] & B[14])), .YS(S_13_14), .YC(C_13_14));
  PDKGENHAX1 U113808 (.A(C_12_15), .B(~(A[13] & B[15])), .YS(S_13_15), .YC(C_13_15));
  PDKGENFAX1 U113809 (.A(S_13_1), .B(C_13_0), .C((A[14] & B[0])), .YS(S_14_0), .YC(C_14_0));
  PDKGENFAX1 U113810 (.A(S_13_2), .B(C_13_1), .C((A[14] & B[1])), .YS(S_14_1), .YC(C_14_1));
  PDKGENFAX1 U113811 (.A(S_13_3), .B(C_13_2), .C((A[14] & B[2])), .YS(S_14_2), .YC(C_14_2));
  PDKGENFAX1 U113812 (.A(S_13_4), .B(C_13_3), .C((A[14] & B[3])), .YS(S_14_3), .YC(C_14_3));
  PDKGENFAX1 U113813 (.A(S_13_5), .B(C_13_4), .C((A[14] & B[4])), .YS(S_14_4), .YC(C_14_4));
  PDKGENFAX1 U113814 (.A(S_13_6), .B(C_13_5), .C((A[14] & B[5])), .YS(S_14_5), .YC(C_14_5));
  PDKGENFAX1 U113815 (.A(S_13_7), .B(C_13_6), .C((A[14] & B[6])), .YS(S_14_6), .YC(C_14_6));
  PDKGENFAX1 U113816 (.A(S_13_8), .B(C_13_7), .C((A[14] & B[7])), .YS(S_14_7), .YC(C_14_7));
  PDKGENFAX1 U113817 (.A(S_13_9), .B(C_13_8), .C((A[14] & B[8])), .YS(S_14_8), .YC(C_14_8));
  PDKGENFAX1 U113818 (.A(S_13_10), .B(C_13_9), .C((A[14] & B[9])), .YS(S_14_9), .YC(C_14_9));
  PDKGENFAX1 U113819 (.A(S_13_11), .B(C_13_10), .C((A[14] & B[10])), .YS(S_14_10), .YC(C_14_10));
  PDKGENFAX1 U113820 (.A(S_13_12), .B(C_13_11), .C((A[14] & B[11])), .YS(S_14_11), .YC(C_14_11));
  PDKGENFAX1 U113821 (.A(S_13_13), .B(C_13_12), .C((A[14] & B[12])), .YS(S_14_12), .YC(C_14_12));
  PDKGENFAX1 U113822 (.A(S_13_14), .B(C_13_13), .C((A[14] & B[13])), .YS(S_14_13), .YC(C_14_13));
  PDKGENFAX1 U113823 (.A(S_13_15), .B(C_13_14), .C((A[14] & B[14])), .YS(S_14_14), .YC(C_14_14));
  PDKGENHAX1 U113824 (.A(C_13_15), .B(~(A[14] & B[15])), .YS(S_14_15), .YC(C_14_15));
  PDKGENFAX1 U113825 (.A(S_14_1), .B(C_14_0), .C(~(A[15] & B[0])), .YS(S_15_0), .YC(C_15_0));
  PDKGENFAX1 U113826 (.A(S_14_2), .B(C_14_1), .C(~(A[15] & B[1])), .YS(S_15_1), .YC(C_15_1));
  PDKGENFAX1 U113827 (.A(S_14_3), .B(C_14_2), .C(~(A[15] & B[2])), .YS(S_15_2), .YC(C_15_2));
  PDKGENFAX1 U113828 (.A(S_14_4), .B(C_14_3), .C(~(A[15] & B[3])), .YS(S_15_3), .YC(C_15_3));
  PDKGENFAX1 U113829 (.A(S_14_5), .B(C_14_4), .C(~(A[15] & B[4])), .YS(S_15_4), .YC(C_15_4));
  PDKGENFAX1 U113830 (.A(S_14_6), .B(C_14_5), .C(~(A[15] & B[5])), .YS(S_15_5), .YC(C_15_5));
  PDKGENFAX1 U113831 (.A(S_14_7), .B(C_14_6), .C(~(A[15] & B[6])), .YS(S_15_6), .YC(C_15_6));
  PDKGENFAX1 U113832 (.A(S_14_8), .B(C_14_7), .C(~(A[15] & B[7])), .YS(S_15_7), .YC(C_15_7));
  PDKGENFAX1 U113833 (.A(S_14_9), .B(C_14_8), .C(~(A[15] & B[8])), .YS(S_15_8), .YC(C_15_8));
  PDKGENFAX1 U113834 (.A(S_14_10), .B(C_14_9), .C(~(A[15] & B[9])), .YS(S_15_9), .YC(C_15_9));
  PDKGENFAX1 U113835 (.A(S_14_11), .B(C_14_10), .C(~(A[15] & B[10])), .YS(S_15_10), .YC(C_15_10));
  PDKGENFAX1 U113836 (.A(S_14_12), .B(C_14_11), .C(~(A[15] & B[11])), .YS(S_15_11), .YC(C_15_11));
  PDKGENFAX1 U113837 (.A(S_14_13), .B(C_14_12), .C(~(A[15] & B[12])), .YS(S_15_12), .YC(C_15_12));
  PDKGENFAX1 U113838 (.A(S_14_14), .B(C_14_13), .C(~(A[15] & B[13])), .YS(S_15_13), .YC(C_15_13));
  PDKGENFAX1 U113839 (.A(S_14_15), .B(C_14_14), .C(~(A[15] & B[14])), .YS(S_15_14), .YC(C_15_14));
  PDKGENHAX1 U113840 (.A(C_14_15), .B((A[15] & B[15])), .YS(S_15_15), .YC(C_15_15));
  PDKGENHAX1 U113841 (.A(S_15_1), .B(C_15_0), .YS(S_16_0), .YC(C_16_0));
  PDKGENFAX1 U113842 (.A(S_15_2), .B(C_16_0), .C(C_15_1), .YS(S_16_1), .YC(C_16_1));
  PDKGENFAX1 U113843 (.A(S_15_3), .B(C_16_1), .C(C_15_2), .YS(S_16_2), .YC(C_16_2));
  PDKGENFAX1 U113844 (.A(S_15_4), .B(C_16_2), .C(C_15_3), .YS(S_16_3), .YC(C_16_3));
  PDKGENFAX1 U113845 (.A(S_15_5), .B(C_16_3), .C(C_15_4), .YS(S_16_4), .YC(C_16_4));
  PDKGENFAX1 U113846 (.A(S_15_6), .B(C_16_4), .C(C_15_5), .YS(S_16_5), .YC(C_16_5));
  PDKGENFAX1 U113847 (.A(S_15_7), .B(C_16_5), .C(C_15_6), .YS(S_16_6), .YC(C_16_6));
  PDKGENFAX1 U113848 (.A(S_15_8), .B(C_16_6), .C(C_15_7), .YS(S_16_7), .YC(C_16_7));
  PDKGENFAX1 U113849 (.A(S_15_9), .B(C_16_7), .C(C_15_8), .YS(S_16_8), .YC(C_16_8));
  PDKGENFAX1 U113850 (.A(S_15_10), .B(C_16_8), .C(C_15_9), .YS(S_16_9), .YC(C_16_9));
  PDKGENFAX1 U113851 (.A(S_15_11), .B(C_16_9), .C(C_15_10), .YS(S_16_10), .YC(C_16_10));
  PDKGENFAX1 U113852 (.A(S_15_12), .B(C_16_10), .C(C_15_11), .YS(S_16_11), .YC(C_16_11));
  PDKGENFAX1 U113853 (.A(S_15_13), .B(C_16_11), .C(C_15_12), .YS(S_16_12), .YC(C_16_12));
  PDKGENFAX1 U113854 (.A(S_15_14), .B(C_16_12), .C(C_15_13), .YS(S_16_13), .YC(C_16_13));
  PDKGENFAX1 U113855 (.A(S_15_15), .B(C_16_13), .C(C_15_14), .YS(S_16_14), .YC(C_16_14));
  PDKGENFAX1 U113856 (.A(1'b1), .B(C_16_14), .C(C_15_15), .YS(S_16_15), .YC(C_16_15));
  assign O = {S_16_15,S_16_14,S_16_13,S_16_12,S_16_11,S_16_10,S_16_9,S_16_8,S_16_7,S_16_6,S_16_5,S_16_4,S_16_3,S_16_2,S_16_1,S_16_0,S_15_0,S_14_0,S_13_0,S_12_0,S_11_0,S_10_0,S_9_0,S_8_0,S_7_0,S_6_0,S_5_0,1'b0,1'b0,1'b0,1'b0,1'b0};

endmodule

/* mod */
module PDKGENHAX1( input A, input B, output YS, output YC );
    assign YS = A ^ B;
    assign YC = A & B;
endmodule
/* mod */
module PDKGENFAX1( input A, input B, input C, output YS, output YC );
    assign YS = (A ^ B) ^ C;
    assign YC = (A & B) | (B & C) | (A & C);
endmodule